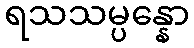
ရသသမ္ပန္နော